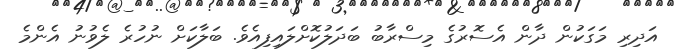
އަދިރި މަގަކުން ދާން އެސޮރުގެ މިސްރާބު ބަދަލުކޮށްލައިފިއެވެ. ބަލާކަށް ނުހުރެ ލެވުނު އެންމެ